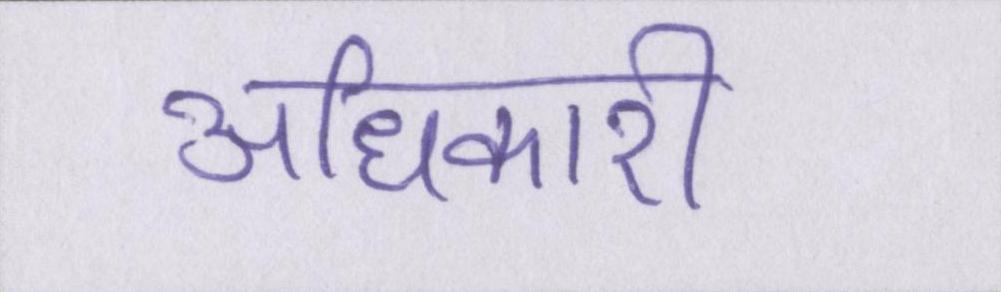
अधिकारी